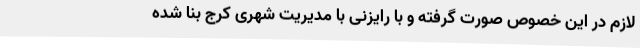
لازم در این خصوص صورت گرفته و با رایزنی با مدیریت شهری کرج بنا شده